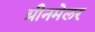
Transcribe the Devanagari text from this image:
ग्रीनमेलर